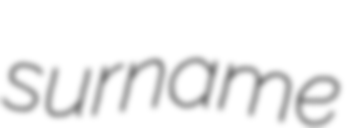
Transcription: surname